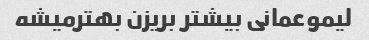
لیموعمانی بیشتر بریزن بهترمیشه